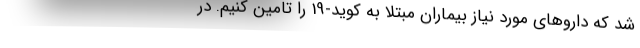
شد که داروهای مورد نیاز بیماران مبتلا به کوید-19 را تامین کنیم. در